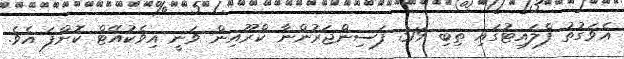
އެވަގުތު ފްލައިޓުގައި ތިބި 319 ފަސިންޖަރުންނާ ކްރޫއިން ވަނީ އިވެކުއޭޓް ކޮށްފަ އެވެ.